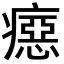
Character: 癋